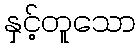
နှင့်တူသော